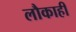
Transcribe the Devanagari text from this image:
लौकाही